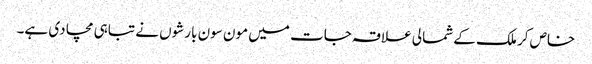
خاص کر ملک کے شمالی علاقہ جات میں مون سون بارشوں نے تباہی مچا دی ہے۔